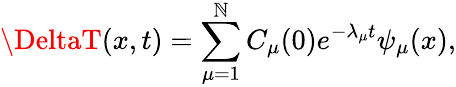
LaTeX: \DeltaT(x,t)=\sum_{\mu=1}^{\mathbb{N}}C_{\mu}(0)e^{-\lambda_{\mu}t}\psi_{\mu}(x),